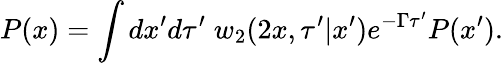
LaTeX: P(x)=\int dx^{\prime}d\tau^{\prime}\; w_{2}(2x,\tau^{\prime}|x^{\prime})e^{-\Gamma\tau^{\prime}}P(x^{\prime}).